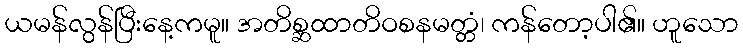
ယမန်လွန်ပြီးနေ့ကမူ။ အတိစ္ဆထာတိဝစနမတ္တံ၊ ကန်တော့ပါ၏။ ဟူသော